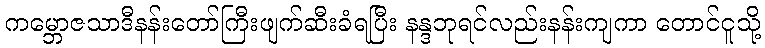
ကမ္ဘောဇသာဒီနန်းတော်ကြီးဖျက်ဆီးခံရပြီး နန္ဒဘုရင်လည်းနန်းကျကာ တောင်ငူသို့